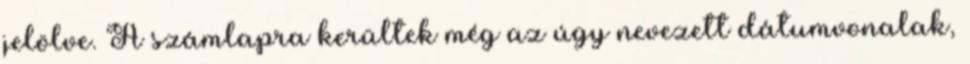
jelölve. A számlapra kerültek még az úgy nevezett dátumvonalak,